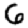
Digit: 6